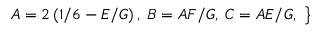
\begin{array} { r } { \left. \begin{array} { r l } { \centering } & { { } A = 2 \left( 1 / 6 - E / G \right) , \; B = A F / G , \; C = A E / G , } \end{array} \right\} } \end{array}